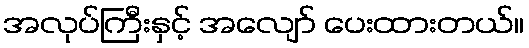
အလုပ်ကြီးနှင့် အလျော် ပေးထားတယ်။